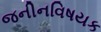
જનીનવિષયક